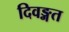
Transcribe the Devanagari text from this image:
दिवङ्गत